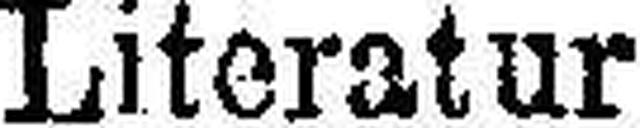
Literatur